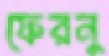
ফেরনু